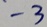
- 3